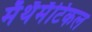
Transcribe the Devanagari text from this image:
मॅथॅमॅटिकल